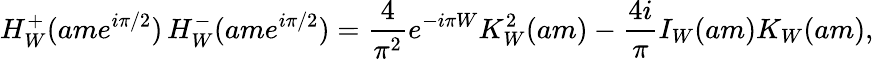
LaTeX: H_{W}^{+}(ame^{i\pi/2})\, H_{W}^{-}(ame^{i\pi/2})=\frac{4}{\pi^{2}}e^{-i\pi W}K_{W}^{2}(am)-\frac{4i}{\pi}I_{W}(am)K_{W}(am),